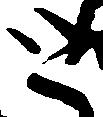
と